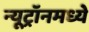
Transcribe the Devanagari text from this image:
न्यूट्रॉनमध्ये